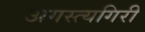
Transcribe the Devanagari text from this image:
अगस्त्यगिरी